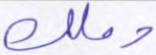
وملك